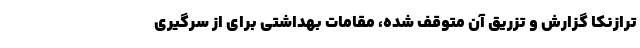
ترازنکا گزارش و تزریق آن متوقف شده، مقامات بهداشتی برای از سرگیری